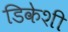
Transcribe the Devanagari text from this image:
डिकेशी